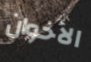
الأخوان